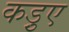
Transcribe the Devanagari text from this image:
कड़ुए